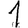
Digit: 1